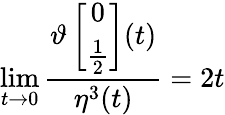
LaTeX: \operatorname*{lim}_{t\rightarrow 0}\frac{\vartheta\left[\begin{array}{c}{{0}}\\ {{\frac{1}{2}}}\end{array}\right](t)}{\eta^{3}(t)}=2t